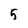
Character: 5